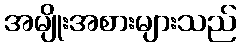
အမျိုးအစားများသည်